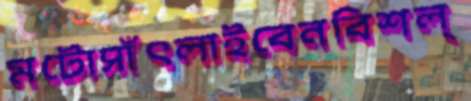
মটোসাঁৎলাইবেনবিশল্